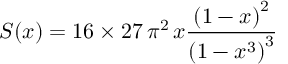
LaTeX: S ( x ) = 1 6 \times 2 7 \, \pi ^ { 2 } \, x \frac { \left( 1 - x \right) ^ { 2 } } { \left( 1 - x ^ { 3 } \right) ^ { 3 } }